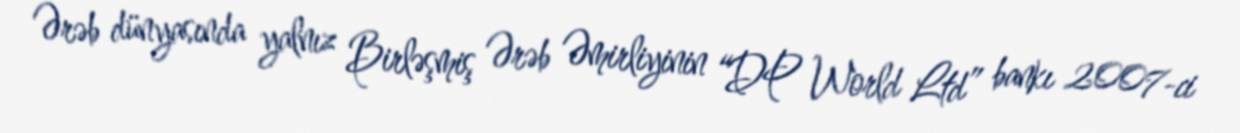
Ərəb dünyasında yalnız Birləşmiş Ərəb Əmirliyinin “DP World Ltd” bankı 2007-ci